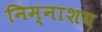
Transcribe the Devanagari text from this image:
निम्नाशय